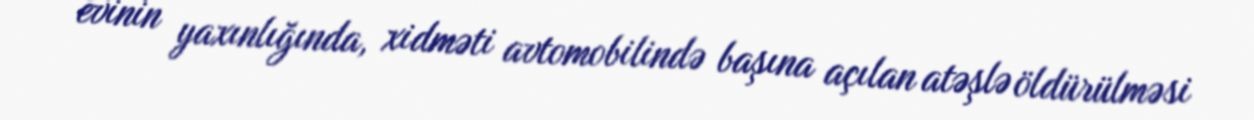
evinin yaxınlığında, xidməti avtomobilində başına açılan atəşlə öldürülməsi